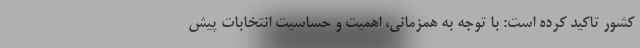
کشور تاکید کرده است: با توجه به همزمانی، اهمیت و حساسیت انتخابات پیش